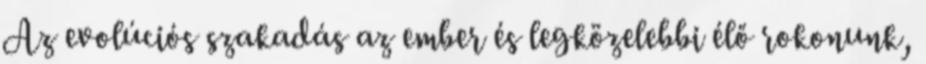
Az evolúciós szakadás az ember és legközelebbi élő rokonunk,